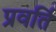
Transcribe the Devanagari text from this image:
प्रवर्ति